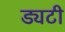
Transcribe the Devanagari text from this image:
ड्यटी